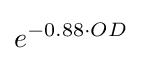
e^{-0.88\cdot OD}